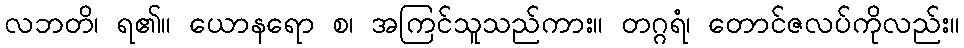
လဘတိ၊ ရ၏။ ယောနရော စ၊ အကြင်သူသည်ကား။ တဂ္ဂရံ၊ တောင်ဇလပ်ကိုလည်း။